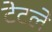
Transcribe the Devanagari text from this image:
टेटले